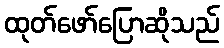
ထုတ်ဖော်ပြောဆိုသည်